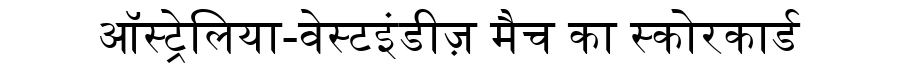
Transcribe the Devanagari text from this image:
ऑस्ट्रेलिया-वेस्टइंडीज़ मैच का स्कोरकार्ड